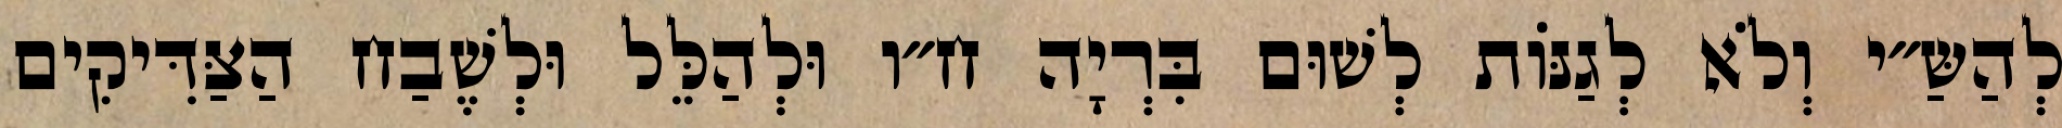
לְהַשַּ״י וְלֹא לְגַנּוֹת לְשׁוּם בִּרְיָה ח״ו וּלְהַלֵּל וּלְשֶׁבַח הַצַּדִּיקִים